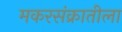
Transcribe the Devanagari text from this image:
मकरसंक्रातीला